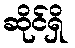
ဆိုင်ရှိ